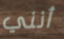
أنني